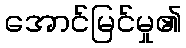
အောင်မြင်မှု၏